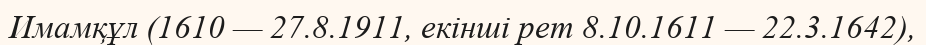
Имамқұл (1610 — 27.8.1911, екінші рет 8.10.1611 — 22.3.1642),